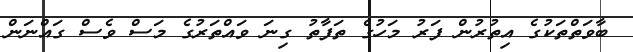
ބާވަތްތަކުގެ އިތުރުން ފަރު މަހުގެ ތަފާތު ގިނަ ވައްތަރުގެ މަސް ވެސް ގައްނަން